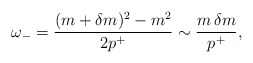
\begin{align*}\omega_- = \frac{(m+\delta m)^2-m^2}{2p^+} \sim \frac{m \, \delta m}{p^+},\end{align*}